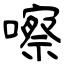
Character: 嚓